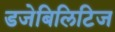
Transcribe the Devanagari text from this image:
डजेबिलिटिज